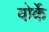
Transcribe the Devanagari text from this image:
वोर्के